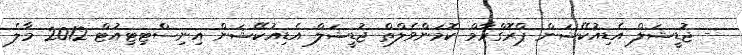
- ޖުޑީޝަލް އެޑިއުކޭޝަން ޕްރޮގްރާމް ކޮމަންވެލްތް ޖުޑީޝަލް އެޑިއުކޭޝަން އިނިސްޓިޓިއުޓް 2012 މާލެ